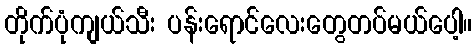
တိုက်ပုံကျယ်သီး ပန်းရောင်လေးတွေတပ်မယ်ပေါ့။